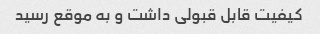
کیفیت قابل قبولی داشت و به موقع رسید